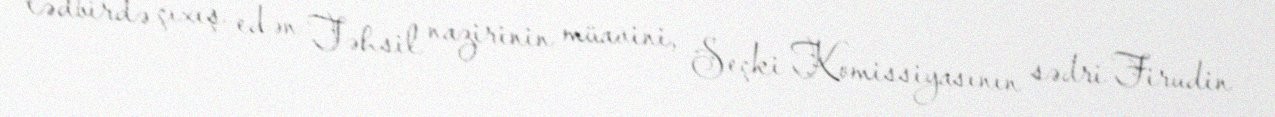
tədbirdə çıxış edən Təhsil nazirinin müavini, Seçki Komissiyasının sədri Firudin